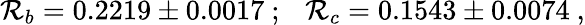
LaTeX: \mathcal{R}_{b}=0.2219\pm0.0017~;~~~\mathcal{R}_{c}=0.1543\pm0.0074~,